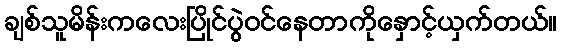
ချစ်သူမိန်းကလေးပြိုင်ပွဲဝင်နေတာကိုနှောင့်ယှက်တယ်။